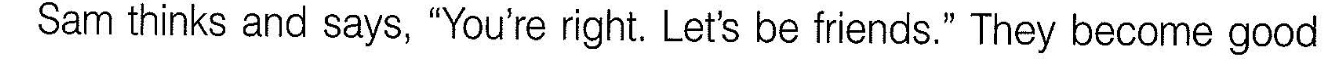
Sam thinks and says, "You're right. Let's be friends." They become good